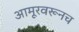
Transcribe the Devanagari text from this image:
आमूरवरूनच